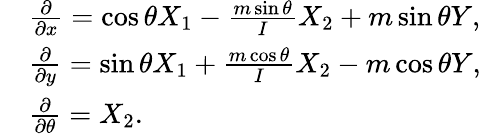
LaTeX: \begin{array}{rl}&{\frac{\partial}{\partial x}=\cos\theta X_{1}-\frac{m\sin\theta}{I}X_{2}+m\sin\theta Y,}\\ &{\frac{\partial}{\partial y}=\sin\theta X_{1}+\frac{m\cos\theta}{I}X_{2}-m\cos\theta Y,}\\ &{\frac{\partial}{\partial\theta}=X_{2}.}\end{array}